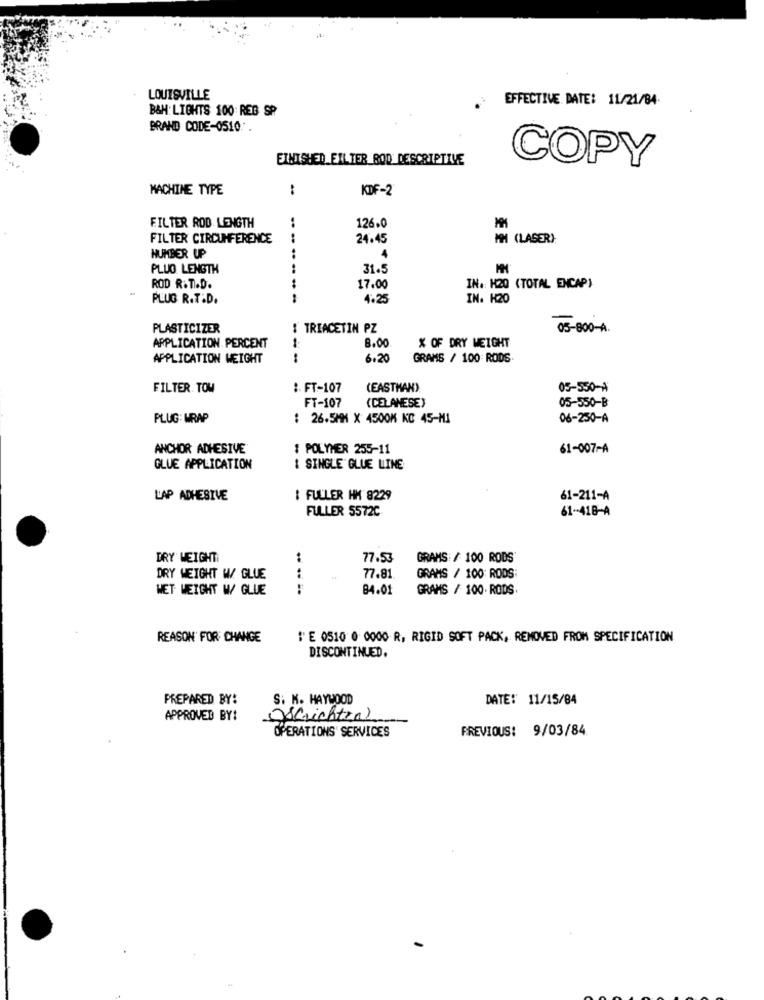
LOUISVILLE
EFFECTIVE DATE: 11/21/84.
B&H: LIGHTS 100 REB SP
BRAND CODE-0510."
FINISHED FILTER ROD DESCRIPTIVE
COPY
MACHINE TYPE
:
KDF-2
FILTER ROD LENGTH
126.0
19%
FILTER CIRCUMFERENCE
24.45
MM (LASER):
NUMBER UP
PLUG LENGTH
31.5
ROD R.T.D.
17.00
IN. H20 (TOTAL ENCAP)
PLUG R.T.D.
4.25
IN. K20
PLASTICIZER
: TRIACETIN PZ
05-800-4.
X OF DRY WEIGHT
APPLICATION PERCENT
8.00
APPLICATION WEIGHT
--
6.20
GRAMS / 100 RODS
FILTER TOW
:. FT-107
(EASTMAN).
05-550-A
FT-107
(CELANESE)
05-550-B
PLUG: WRAP
: 26.5MM X 4500K KC 45-M1
06-250-A
ANCHOR ADHESIVE
# POLYMER 255-11
61-007-A
GLUE APPLICATION
& SINGLE GLUE LINE
L'AP ADHESIVE
I FULLER HM 8229
61-211-A
FULLER 5572C
61-418-A
DRY WEIGHT
77.53
GRAMS / 100 RODS'
DRY WEIGHT W/ GLUE
77.81
GRAMS / 100: RODS:
WET WEIGHT W/ GLUE
.. .. ..
84.01
GRAMS / 100. RODS
REASON FOR CHANGE
"" E 0510 0 0000 R, RIGID SOFT PACK, REMOVED FROM SPECIFICATION
DISCONTINUED.
PREPARED BY:
S. K. HAYWOOD
DATE:' 11/15/84
APPROVED BY!
Verichten
OPERATIONS SERVICES
PREVIOUS: 9/03/84